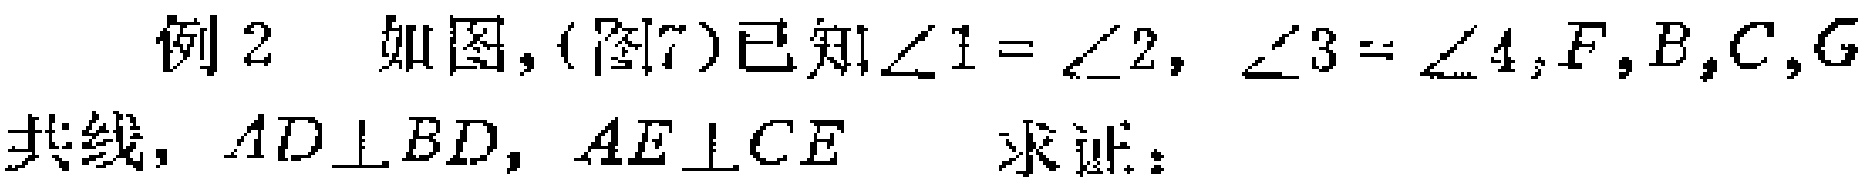
例2 如图,(图7)已知$\angle 1 = \angle 2$, $\angle 3 = \angle 4,F,B,C,G$共线, $AD\perp BD$, $AE\perp CE$  求证：